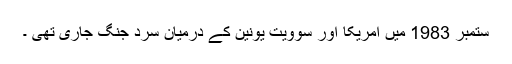
ستمبر 1983 میں امریکا اور سوویت یونین کے درمیان سرد جنگ جاری تھی ۔